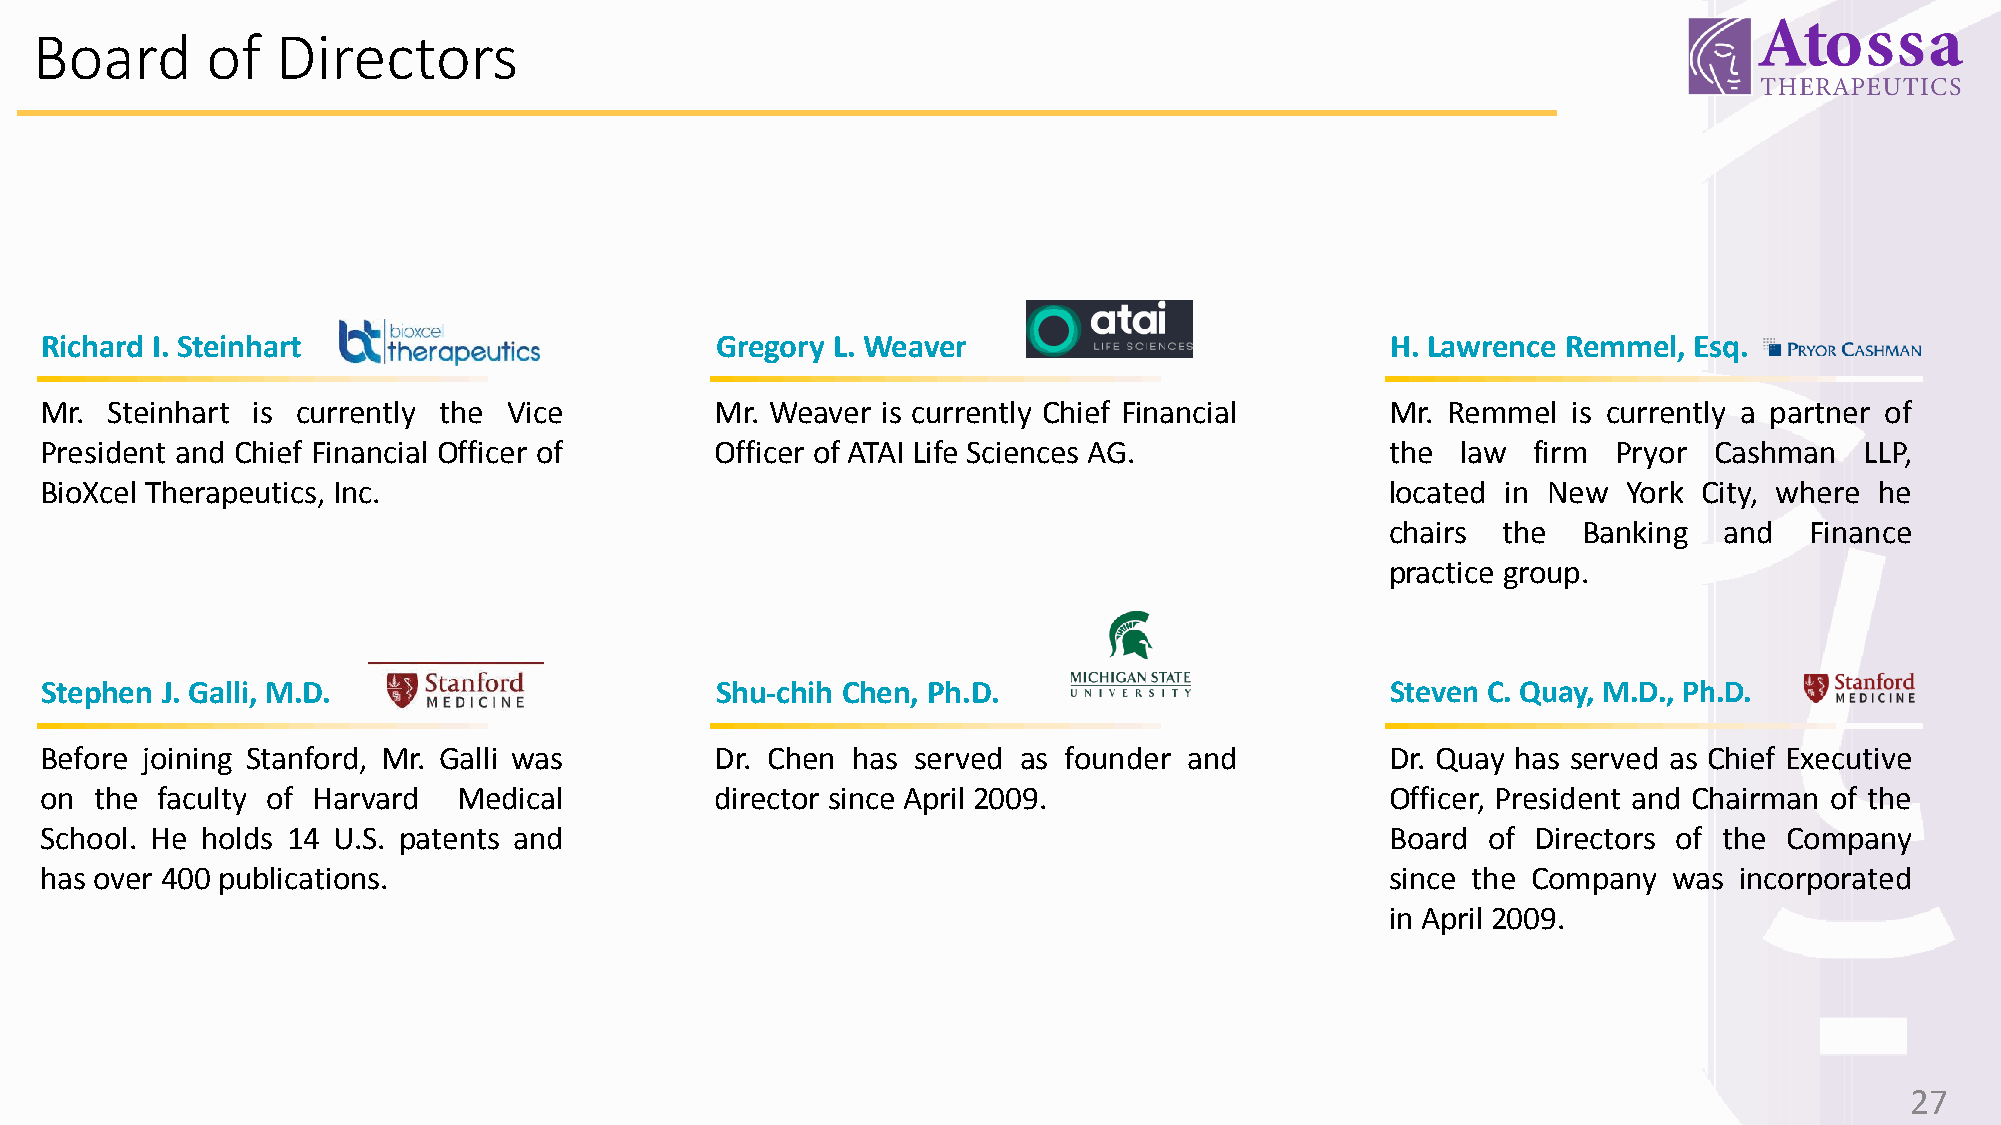
Board       of  Directors
 Richard I. Steinhart                        Gregory L. Weaver                            H. Lawrence Remmel, Esq.
 Mr. Steinhart is currently the Vice         Mr. Weaver is currently Chief Financial      Mr. Remmel  is currently a partner of
 President and Chief Financial Officer of    Officer of ATAI Life Sciences AG.            the  law firm  Pryor Cashman   LLP,
 BioXcel Therapeutics, Inc.                                                               located in New  York City, where he
 chairs the   Banking  and   Finance
 practice group.
 Stephen J. Galli, M.D.                      Shu-chih Chen, Ph.D.                         Steven C. Quay, M.D., Ph.D.
 Before joining Stanford, Mr. Galli was      Dr. Chen has served as founder  and          Dr. Quay has served as Chief Executive
 on the faculty of Harvard  Medical          director since April 2009.                   Officer, President and Chairman of the
 School. He holds 14 U.S. patents and                                                     Board of  Directors of the Company
 has over 400 publications.                                                               since the Company  was incorporated
 in April 2009.
 27